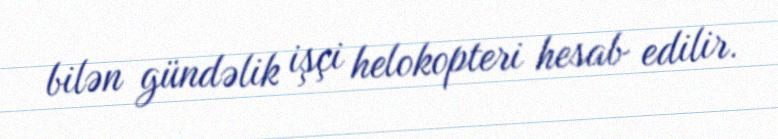
bilən gündəlik işçi helokopteri hesab edilir.